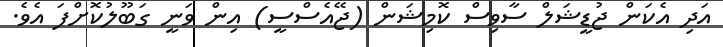
އަދި އެކަން ޖުޑީޝަލް ސާވިސް ކޮމިޝަން (ޖޭއެސްސީ) އިން ވަނީ ގަބޫލުކޮށްފަ އެވެ.